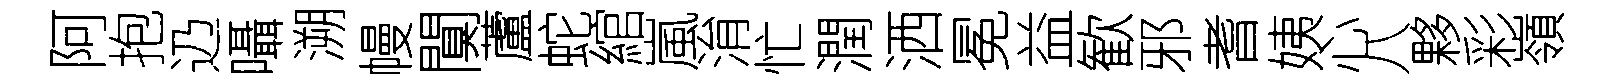
阿抱辸囁溯幔闃蘆蛇綰嵐㳙忙潤洒冕益歓邪耆姨心八夥彩嶺